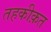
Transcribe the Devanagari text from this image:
तहकीक़त